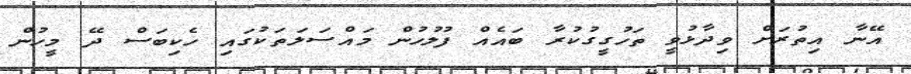
އޭނާ އިތުރަށް ވިދާޅުވީ ތަހުގީގުކުރާ ބައެއް ފުލުހުން މައްސަލަތަކުގައި ހެކިބަސް ދޭ މީހުން